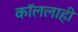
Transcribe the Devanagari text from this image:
कॉललाही